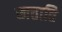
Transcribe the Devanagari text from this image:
खत्ताति